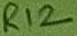
Text: R12